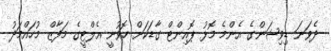
ދެވަނަ ޑިވިޝަންގެ އެންމެ މޮޅު ޕޮއިންޓް ގާޑަކަށް ހޮވުނީ އެލްޓީގެ މަފާޒް މުހައްމަދު